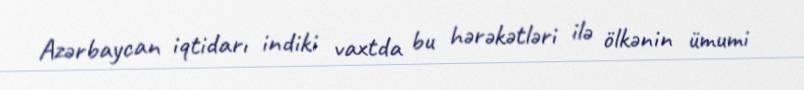
Azərbaycan iqtidarı indiki vaxtda bu hərəkətləri ilə ölkənin ümumi